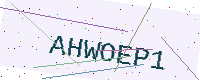
Text: AHWOEP1